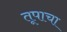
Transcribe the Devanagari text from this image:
तूपाचा